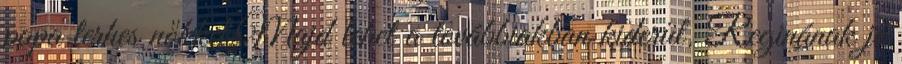
papa terhes nőkkel.Majd lehet a továbbiakban kiderül. Reginának jó